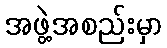
အဖွဲ့အစည်းမှာ